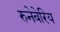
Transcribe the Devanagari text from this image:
रुनेबेरिय